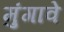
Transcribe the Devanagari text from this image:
मुंगावे